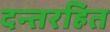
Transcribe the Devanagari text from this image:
दन्तरहित